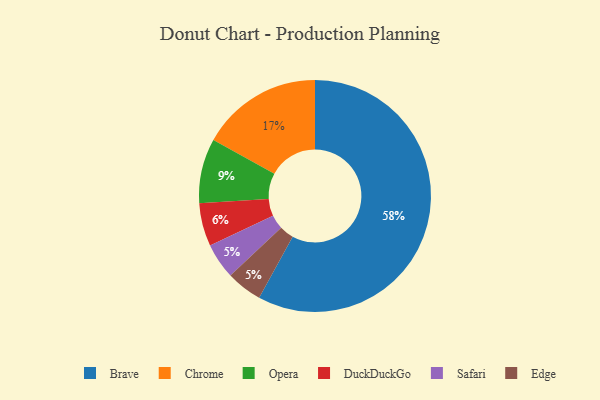
{"axis": {"x": "Category", "y": "Percentage"}, "legend": ["Brave", "Chrome", "DuckDuckGo", "Edge", "Opera", "Safari"], "data": [{"x": "Chrome", "y": 17, "type": "Chrome"}, {"x": "Opera", "y": 9, "type": "Opera"}, {"x": "Safari", "y": 5, "type": "Safari"}, {"x": "Edge", "y": 5, "type": "Edge"}, {"x": "Brave", "y": 58, "type": "Brave"}, {"x": "DuckDuckGo", "y": 6, "type": "DuckDuckGo"}]}